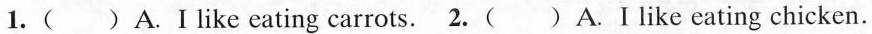
1.( )A.Ⅰlike eating carrots. 2.( ) A.I like eating chicken.